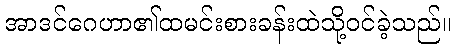
အာဒင်ဂေဟာ၏ထမင်းစားခန်းထဲသို့ဝင်ခဲ့သည်။